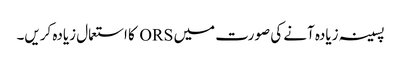
پسینہ زیادہ آنے کی صورت میں ORS کا استعمال زیادہ کریں۔